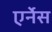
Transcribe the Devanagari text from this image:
एर्नेस